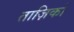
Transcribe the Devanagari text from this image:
ताज़िकों